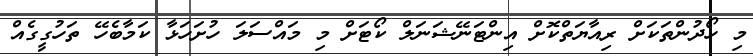
މި ހޯދުންތަކަށް ރިއާޔަތްކޮށް އިންޓަނޭޝަނަލް ކޯޓަށް މި މައްސަލަ ހުށަހަޅާ ކަމާބެހޭ ތަހުގީގެއް